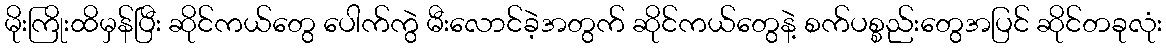
မိုးကြိုးထိမှန်ပြီး ဆိုင်ကယ်တွေ ပေါက်ကွဲ မီးလောင်ခဲ့အတွက် ဆိုင်ကယ်တွေနဲ့ စက်ပစ္စည်းတွေအပြင် ဆိုင်တခုလုံး